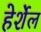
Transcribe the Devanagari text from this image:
हेर्शेल